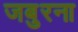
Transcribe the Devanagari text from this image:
जबुरना